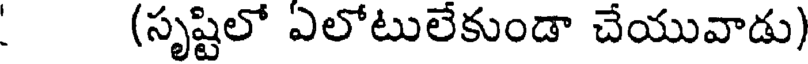
(సృష్టిలో ఎలోటులేకుండా చేయువాడు)